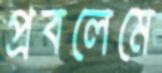
প্রবলেমে